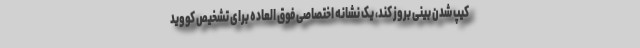
کیپ شدن بینی بروز کند، یک نشانه اختصاصی فوق العاده برای تشخیص کووید